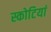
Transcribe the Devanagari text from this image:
स्कोटियां